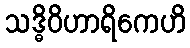
သဒ္ဓိဝိဟာရိကေဟိ